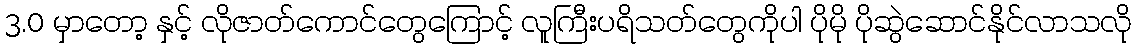
3.0 မှာတော့ နှင့် လိုဇာတ်ကောင်တွေကြောင့် လူကြီးပရိသတ်တွေကိုပါ ပိုမို ပိုဆွဲဆောင်နိုင်လာသလို